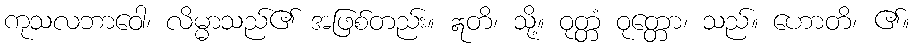
ကုသလဘာဝေါ၊ လိမ္မာသည်၏ အဖြစ်တည်း။ ဣတိ၊ သို့။ ဝုတ္တံ ဝုတ္တော၊ သည်။ ဟောတိ၊ ၏။